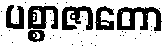
ပစ္စာဇာတော